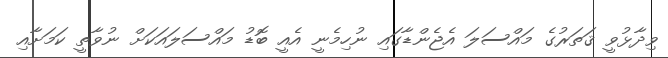
ވިދާޅުވީ ޤަތަރުގެ މައްސަލަ އެޖެންޑާގައި ނުހިމެނީ އެއީ ބޮޑު މައްސަލައަކަށް ނުވާތީ ކަމަށާއި